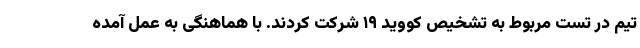
تیم در تست مربوط به تشخیص کووید ۱۹ شرکت کردند. با هماهنگی به عمل آمده